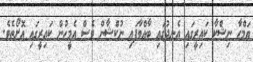
ޔަމްހާ ނިޝްކާ ކައިރީގައި އެނދުގައި ބާއްވާފައި ނުކްޝާން ވެސް އެމީހުން ކައިރީގައި އޮށޯތެވެ.